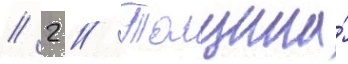
// 2 // Толщина́